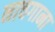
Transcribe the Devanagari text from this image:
नाचगाना